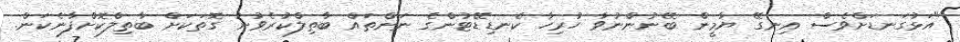
"އަޅުގަނޑަށްވެސް އިނގޭ ޔާމީން ބޭނުންނުވާ ހުރިހާ ކެނޑިޑޭޓުންގެ ނަންތައް ބާތިލްކުރެވުނު ގޮތަކަށް ބާތިލްކޮށްފާނެކަން.